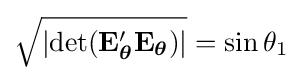
{\sqrt {\left|\operatorname {det} (\mathbf {E} _{\boldsymbol {\theta }}'\mathbf {E} _{\boldsymbol {\theta }})\right|}}=\sin \theta _{1}